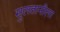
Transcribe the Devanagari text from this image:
सुलतानीला